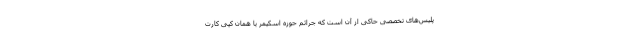
پلیس‌های تخصصی حاکی از آن است که جرائم حوزه اسکیمر یا همان کپی کارت